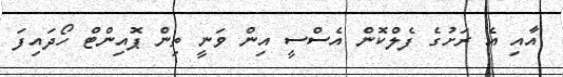
އާއި އެ ރަށުގެ ފެލްކޮން އެސްސީ އިން ވަނީ ތިން ޕޮއިންޓް ހޯދައިފަ